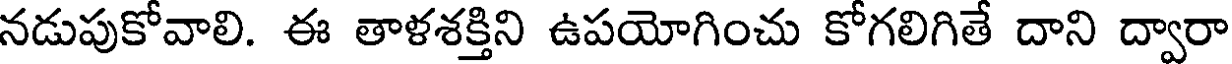
నడుపుకోవాలి. ఈ తాళశక్తిని ఉపయోగించు కోగలిగితే దాని ద్వారా